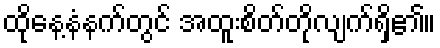
ထိုနေ့နံနက်တွင် အထူးစိတ်တိုလျက်ရှိ၏။